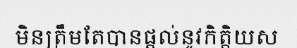
មិនត្រឹមតែបានផ្តល់នូវកិត្តិយស